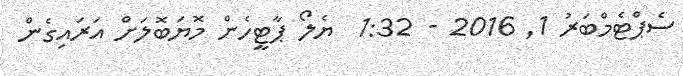
ސެޕްޓެމްބަރު 1